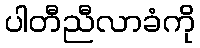
ပါတီညီလာခံကို